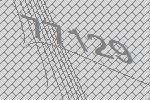
77129